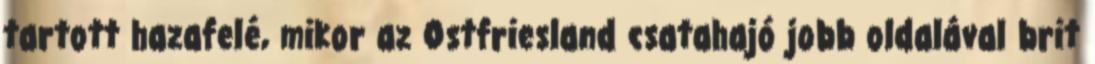
tartott hazafelé, mikor az Ostfriesland csatahajó jobb oldalával brit